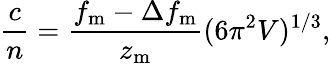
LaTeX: \frac{c}{n}=\frac{f_{\mathrm{m}}-\Delta f_{\mathrm{m}}}{z_{\mathrm{m}}}(6\pi^{2}V)^{1/3},